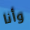
وأنا